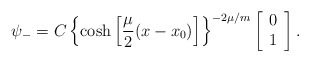
\begin{align*}\psi_{-}=C\left\{\cosh\left[\frac{\mu}{2}(x-x_{0})\right]\right\}^{-2\mu/m}\left[\begin{array}{c}0 \\1\end{array}\right].\end{align*}